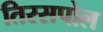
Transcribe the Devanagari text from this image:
तिरसपोल